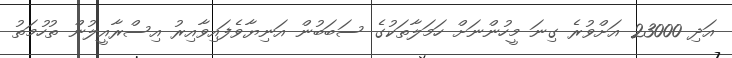
އަދި 23000 އަށްވުރެ ގިނަ މީހުންނަށް ހަމަލާތަކުގެ ސަބަބުން އަނިޔާވެފައިވާއިރު އިސްރާއީލުން ތުހުމަތު